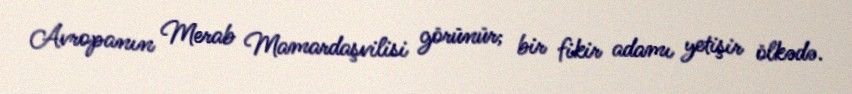
Avropanın Merab Mamardaşvilisi görünür; bir fikir adamı yetişir ölkədə.